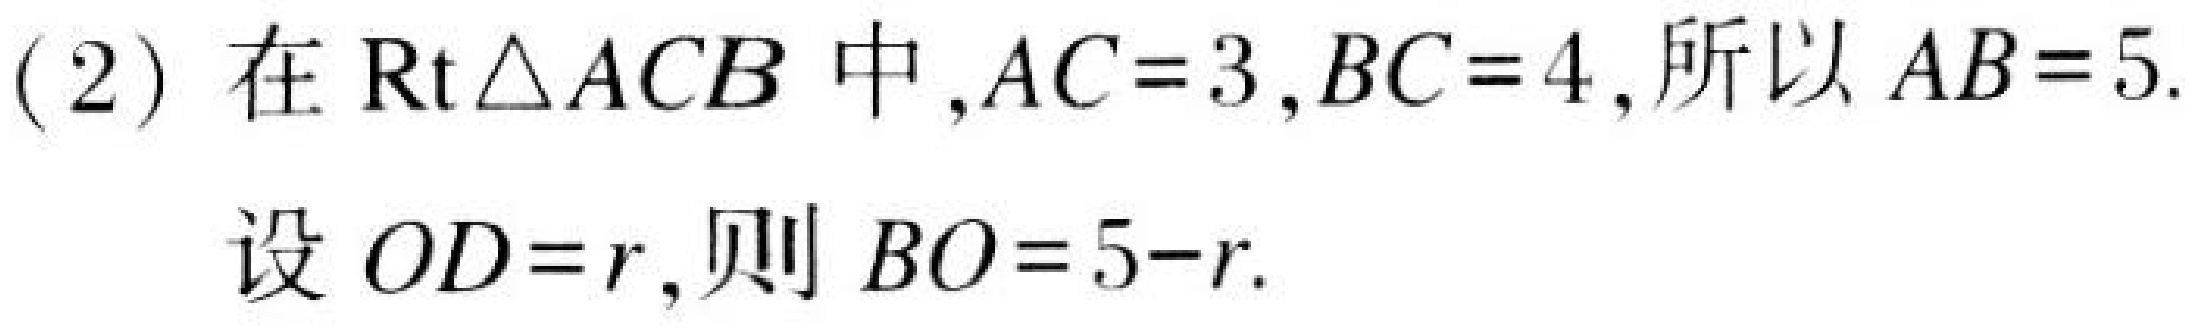
(2) 在 \(\text{Rt}\triangle ACB\) 中,\(AC = 3\),\(BC = 4\),所以 \(AB = 5\).
设 \(OD = r\),则 \(BO = 5 - r\).